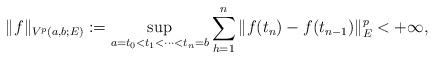
LaTeX: \begin{align*} \|f\|_{V^p(a,b;E)} := \sup_{a= t_0 < t_1 < \dotsb < t_n = b} \sum_{h = 1}^n \| f(t_n) - f(t_{n-1}) \|_E^p < + \infty,\end{align*}